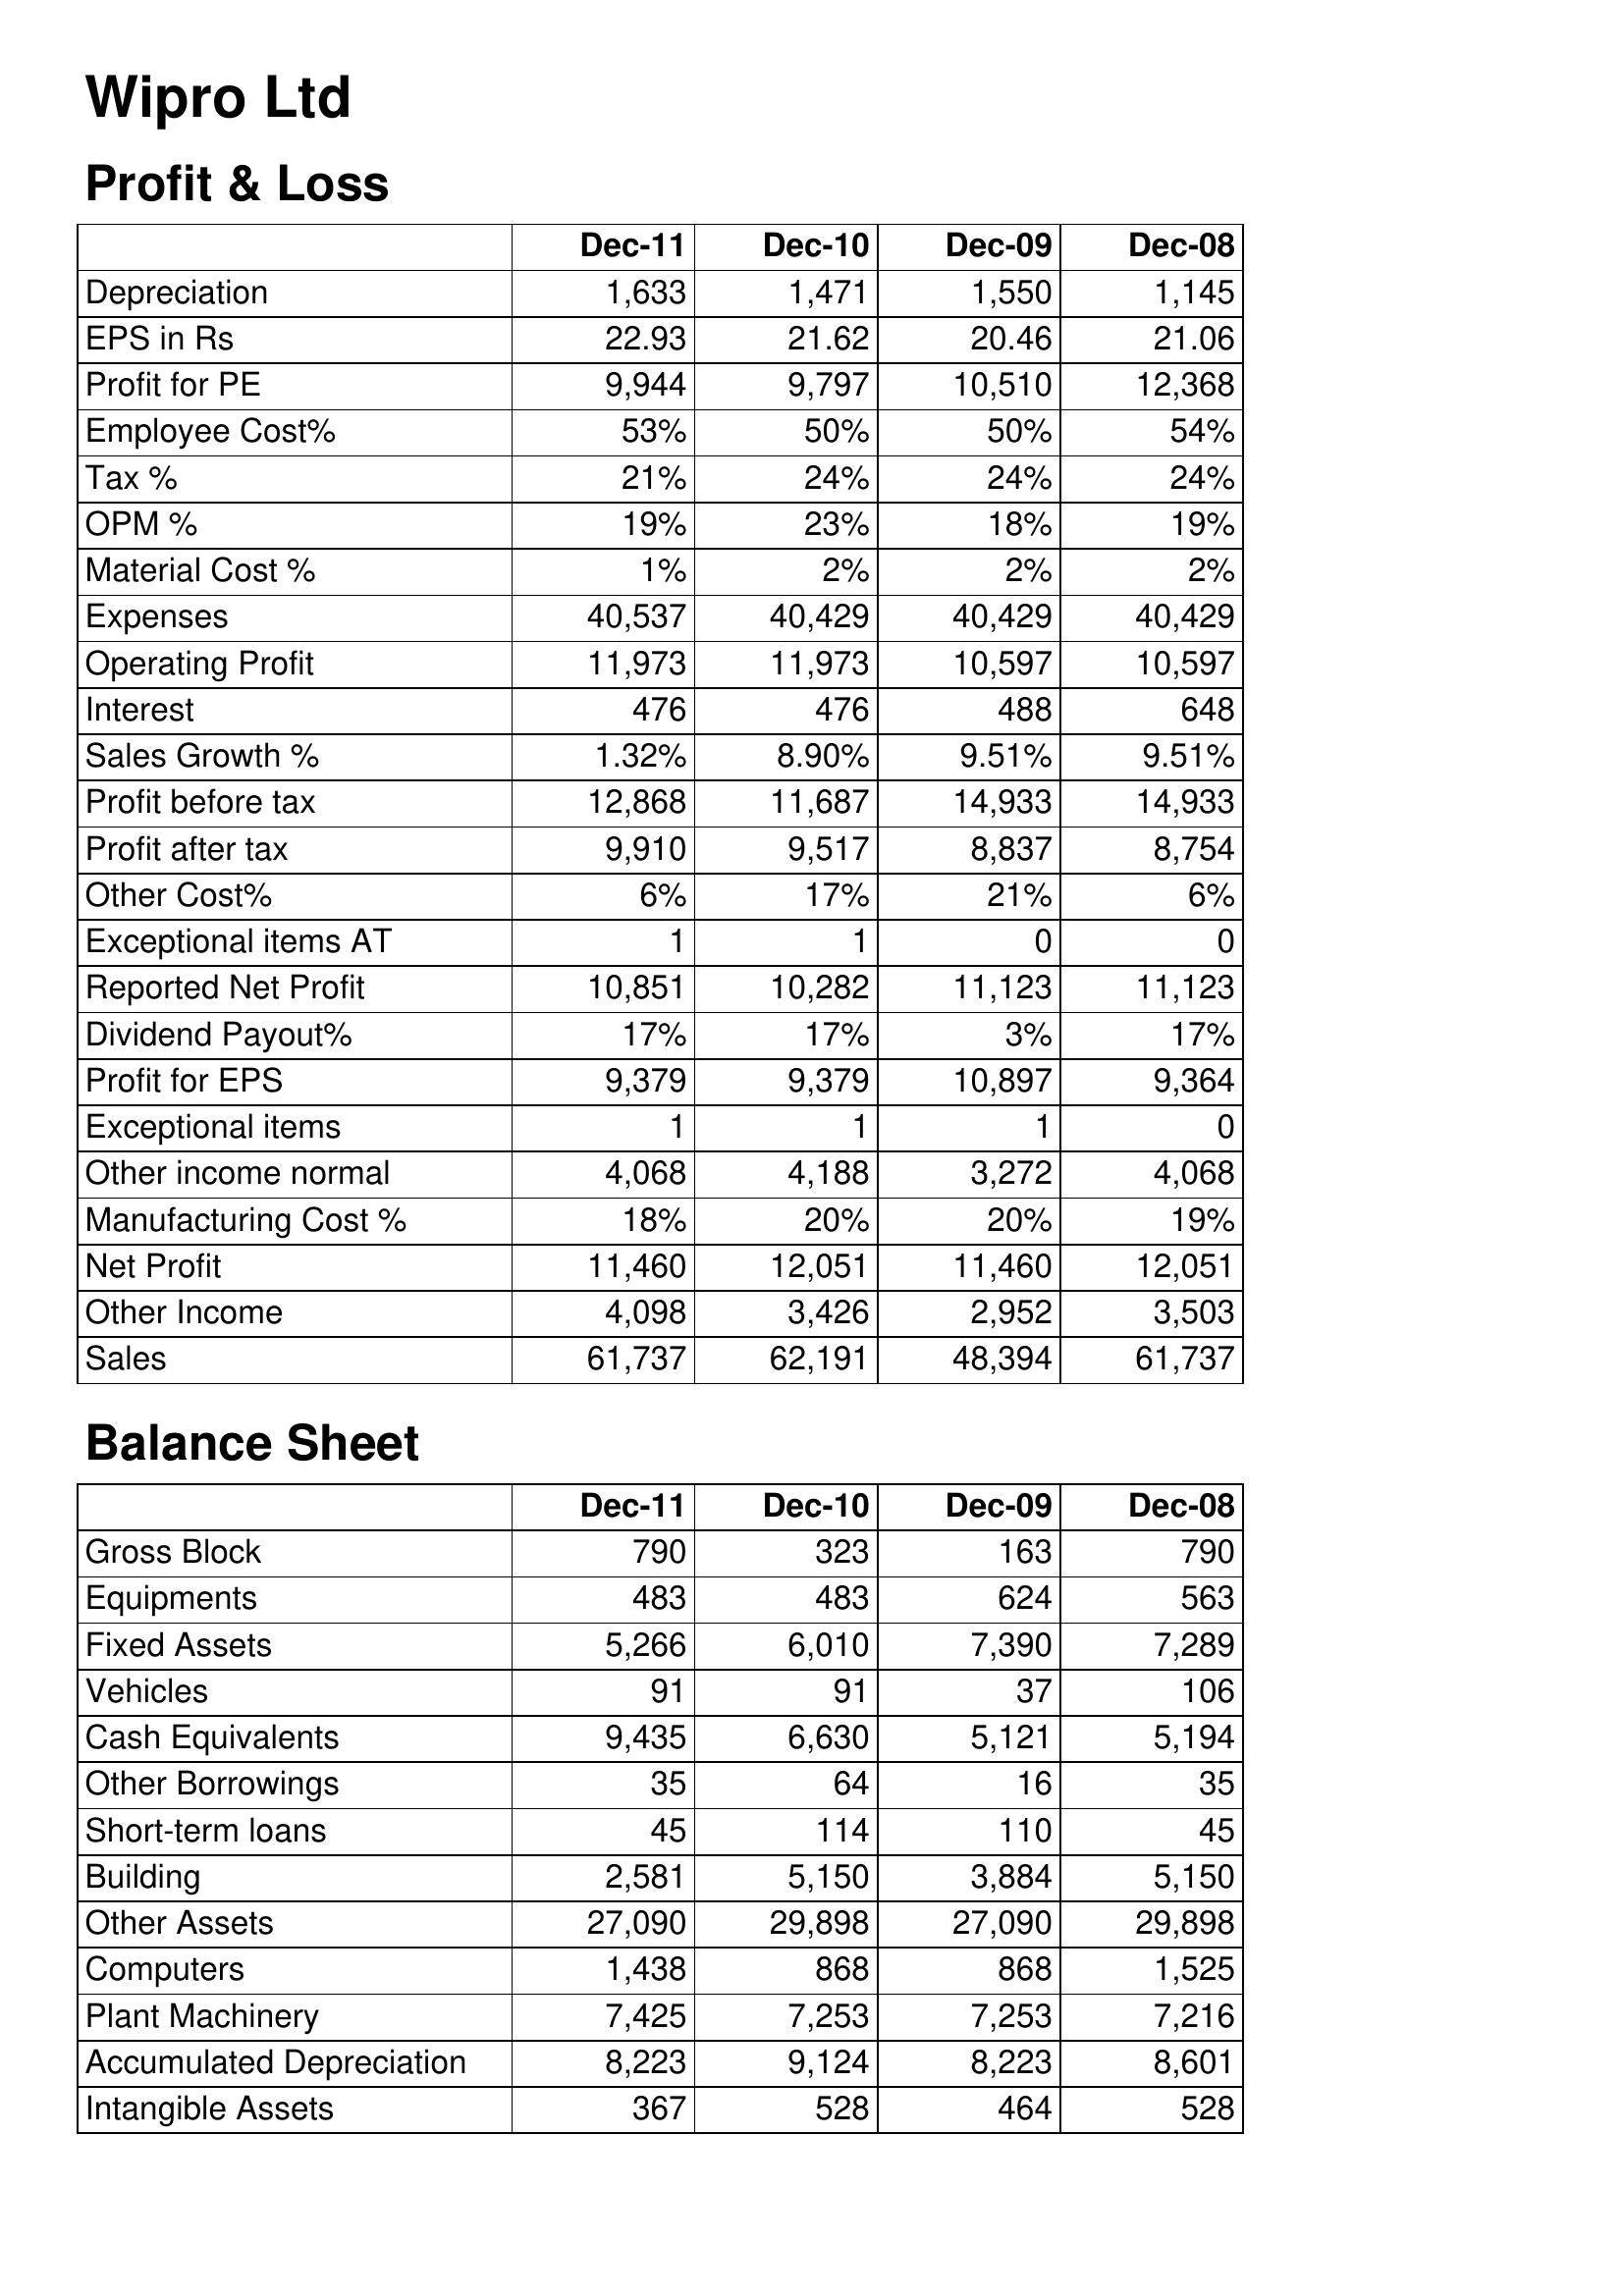
Dec-11: Profit & Loss: Depreciation: 1,633
EPS in Rs: 22.93
Profit for PE: 9,944
Employee Cost%: 53%
Tax %: 21%
OPM %: 19%
Material Cost %: 1%
Expenses: 40,537
Operating Profit: 11,973
Interest: 476
Sales Growth %: 1.32%
Profit before tax: 12,868
Profit after tax: 9,910
Other Cost%: 6%
Exceptional items AT: 1
Reported Net Profit: 10,851
Dividend Payout%: 17%
Profit for EPS: 9,379
Exceptional items: 1
Other income normal: 4,068
Manufacturing Cost %: 18%
Net Profit: 11,460
Other Income: 4,098
Sales: 61,737
Balance Sheet: Gross Block: 790
Equipments: 483
Fixed Assets: 5,266
Vehicles: 91
Cash Equivalents: 9,435
Other Borrowings: 35
Short-term loans: 45
Building: 2,581
Other Assets: 27,090
Computers: 1,438
Plant Machinery: 7,425
Accumulated Depreciation: 8,223
Intangible Assets: 367
Dec-10: Profit & Loss: Depreciation: 1,471
EPS in Rs: 21.62
Profit for PE: 9,797
Employee Cost%: 50%
Tax %: 24%
OPM %: 23%
Material Cost %: 2%
Expenses: 40,429
Operating Profit: 11,973
Interest: 476
Sales Growth %: 8.90%
Profit before tax: 11,687
Profit after tax: 9,517
Other Cost%: 17%
Exceptional items AT: 1
Reported Net Profit: 10,282
Dividend Payout%: 17%
Profit for EPS: 9,379
Exceptional items: 1
Other income normal: 4,188
Manufacturing Cost %: 20%
Net Profit: 12,051
Other Income: 3,426
Sales: 62,191
Balance Sheet: Gross Block: 323
Equipments: 483
Fixed Assets: 6,010
Vehicles: 91
Cash Equivalents: 6,630
Other Borrowings: 64
Short-term loans: 114
Building: 5,150
Other Assets: 29,898
Computers: 868
Plant Machinery: 7,253
Accumulated Depreciation: 9,124
Intangible Assets: 528
Dec-09: Profit & Loss: Depreciation: 1,550
EPS in Rs: 20.46
Profit for PE: 10,510
Employee Cost%: 50%
Tax %: 24%
OPM %: 18%
Material Cost %: 2%
Expenses: 40,429
Operating Profit: 10,597
Interest: 488
Sales Growth %: 9.51%
Profit before tax: 14,933
Profit after tax: 8,837
Other Cost%: 21%
Exceptional items AT: 0
Reported Net Profit: 11,123
Dividend Payout%: 3%
Profit for EPS: 10,897
Exceptional items: 1
Other income normal: 3,272
Manufacturing Cost %: 20%
Net Profit: 11,460
Other Income: 2,952
Sales: 48,394
Balance Sheet: Gross Block: 163
Equipments: 624
Fixed Assets: 7,390
Vehicles: 37
Cash Equivalents: 5,121
Other Borrowings: 16
Short-term loans: 110
Building: 3,884
Other Assets: 27,090
Computers: 868
Plant Machinery: 7,253
Accumulated Depreciation: 8,223
Intangible Assets: 464
Dec-08: Profit & Loss: Depreciation: 1,145
EPS in Rs: 21.06
Profit for PE: 12,368
Employee Cost%: 54%
Tax %: 24%
OPM %: 19%
Material Cost %: 2%
Expenses: 40,429
Operating Profit: 10,597
Interest: 648
Sales Growth %: 9.51%
Profit before tax: 14,933
Profit after tax: 8,754
Other Cost%: 6%
Exceptional items AT: 0
Reported Net Profit: 11,123
Dividend Payout%: 17%
Profit for EPS: 9,364
Exceptional items: 0
Other income normal: 4,068
Manufacturing Cost %: 19%
Net Profit: 12,051
Other Income: 3,503
Sales: 61,737
Balance Sheet: Gross Block: 790
Equipments: 563
Fixed Assets: 7,289
Vehicles: 106
Cash Equivalents: 5,194
Other Borrowings: 35
Short-term loans: 45
Building: 5,150
Other Assets: 29,898
Computers: 1,525
Plant Machinery: 7,216
Accumulated Depreciation: 8,601
Intangible Assets: 528